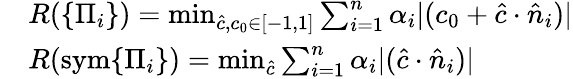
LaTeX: \begin{array}{rl}&{R(\{ \Pi_{i}\} )=\operatorname*{min}_{\hat{c},c_{0}\in[-1,1]}\sum_{i=1}^{n}\alpha_{i}|(c_{0}+\hat{c}\cdot\hat{n}_{i})|}\\ &{R(\mathrm{sym}\{ \Pi_{i}\} )=\operatorname*{min}_{\hat{c}}\sum_{i=1}^{n}\alpha_{i}|(\hat{c}\cdot\hat{n}_{i})|}\end{array}